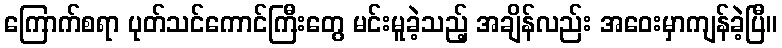
ကြောက်စရာ ပုတ်သင်ကောင်ကြီးတွေ မင်းမူခဲ့သည့် အချိန်လည်း အဝေးမှာကျန်ခဲ့ပြီ။